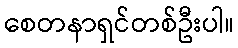
စေတနာရှင်တစ်ဦးပါ။